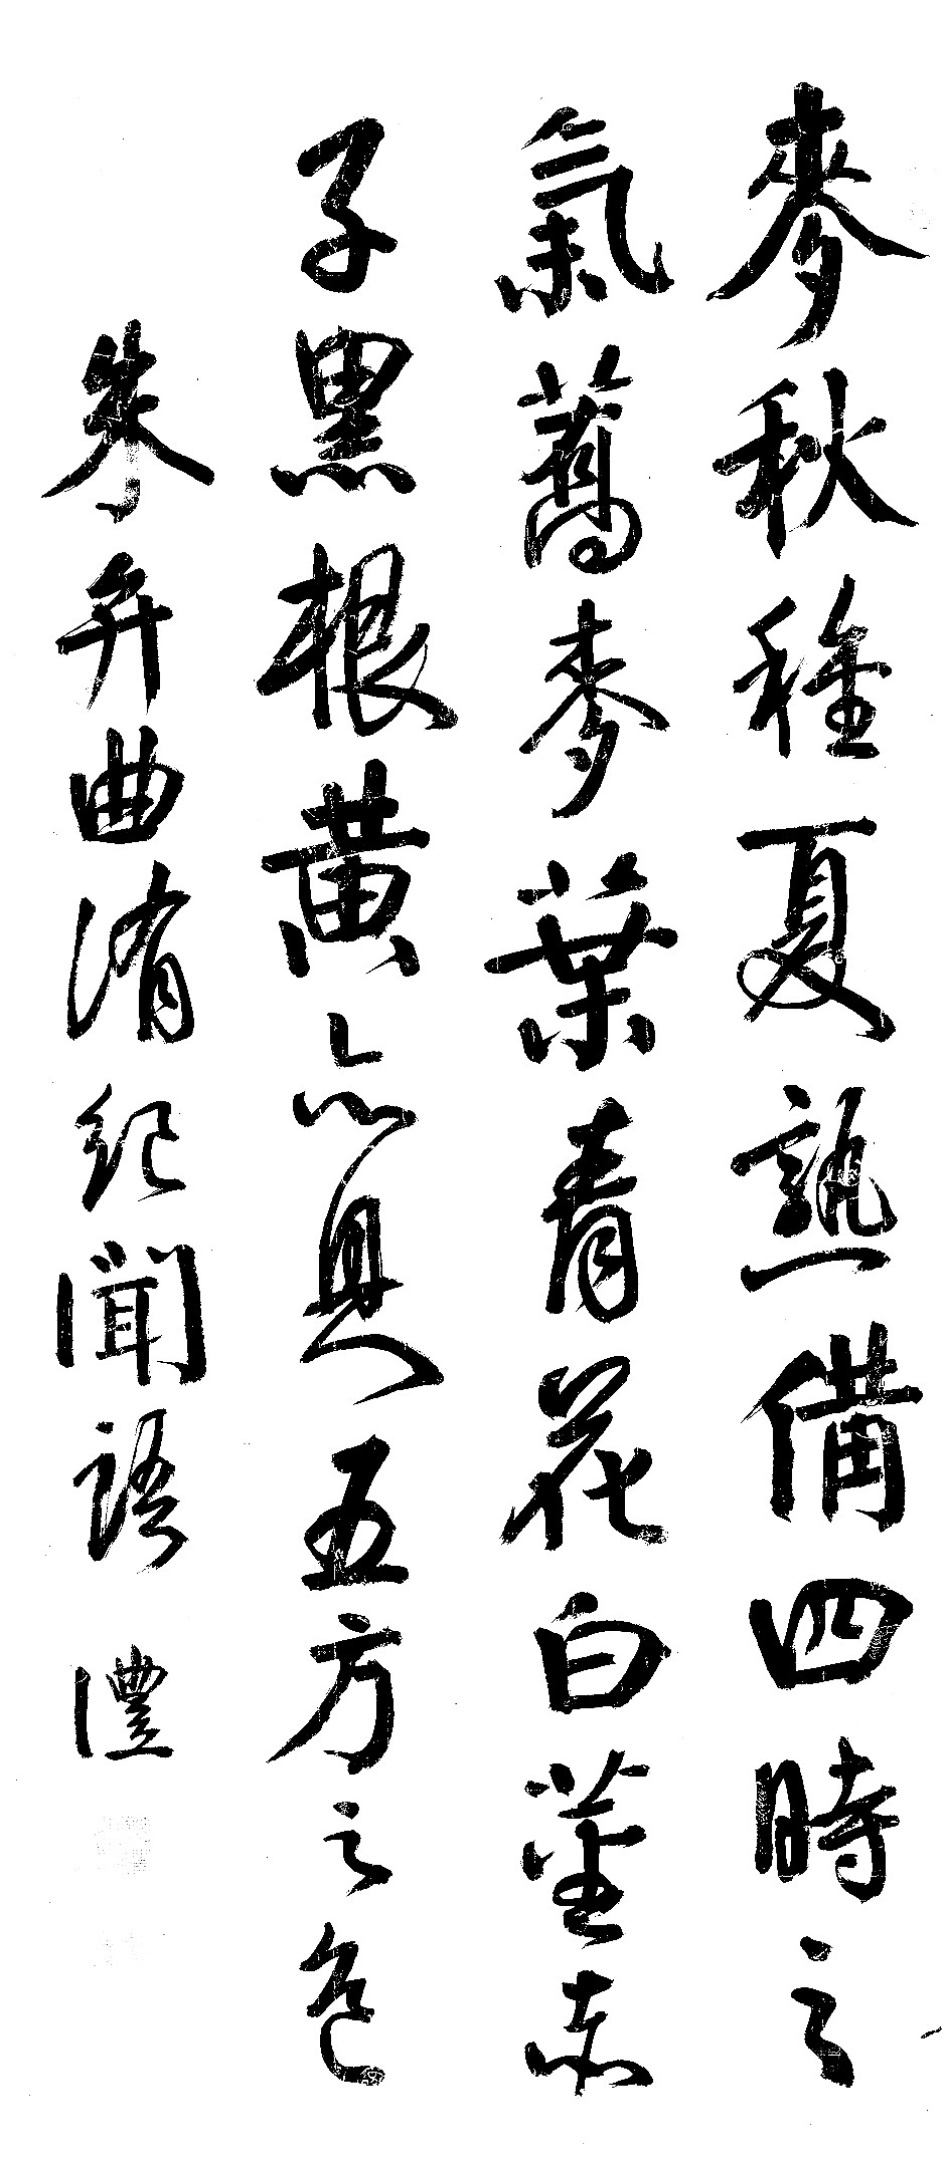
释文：麦秋种夏熟，备四时之气。蓦麦叶青、花白、茎赤、子黑、根黄，亦具五方之色。朱弁《曲洧纪闻》语。沣。